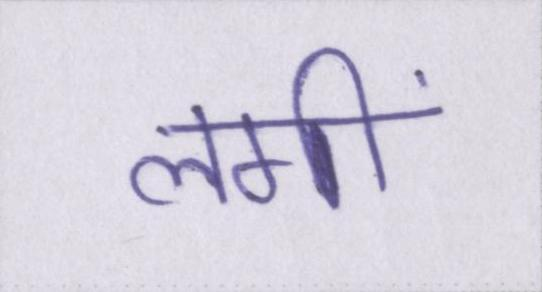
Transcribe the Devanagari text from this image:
लगीं